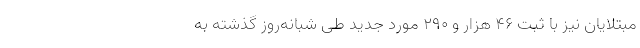
مبتلایان نیز با ثبت ۴۶ هزار و ۲۹۰ مورد جدید طی شبانه‌روز گذشته به